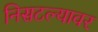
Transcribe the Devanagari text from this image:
निसटल्यावर